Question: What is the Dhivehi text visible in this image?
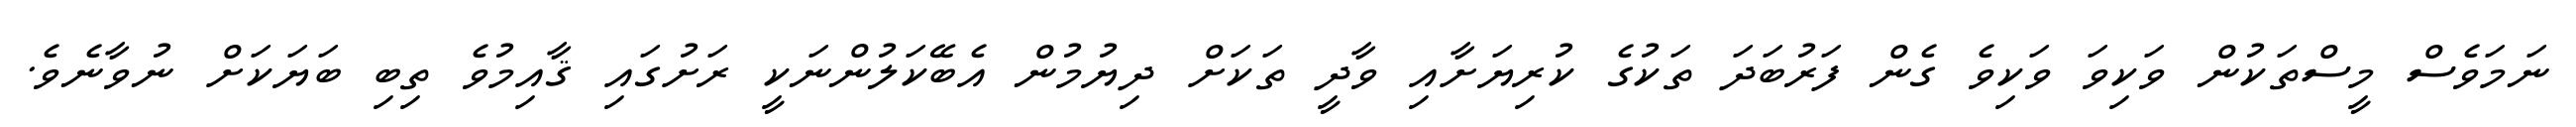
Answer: ނަމަވެސް މީސްތަކުން ވަކިވަ ވަކިވެ ގެން ފަރުބަދަ ތަކުގެ ކުރިޔަށާއި ވާދީ ތަކަށް ދިޔުމުން އެބޭކަލުންނަކީ ރަށުގައި ޤާއިމުވެ ތިބި ބަޔަކަށް ނުވާނެވެ.